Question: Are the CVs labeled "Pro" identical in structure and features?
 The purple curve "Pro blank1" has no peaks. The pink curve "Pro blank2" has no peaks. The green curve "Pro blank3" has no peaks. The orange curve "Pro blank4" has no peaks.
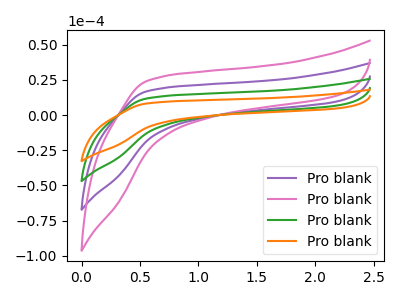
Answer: <think>Neither "Pro blank1" or "Pro blank2" have any peaks. Neither "Pro blank1" or "Pro blank3" have any peaks. Neither "Pro blank1" or "Pro blank4" have any peaks. Neither "Pro blank2" or "Pro blank3" have any peaks. Neither "Pro blank2" or "Pro blank4" have any peaks. Neither "Pro blank3" or "Pro blank4" have any peaks.
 </think>
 <answer>All the CV's of "Pro" have similar shape.</answer>
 <eval>follow_rule</eval>